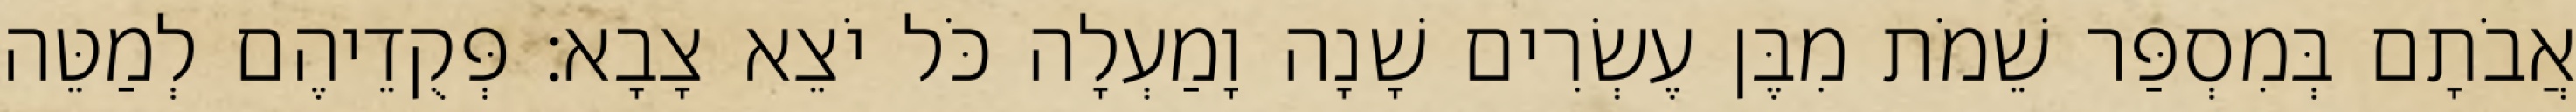
אֲבֹתָם בְּמִסְפַּר שֵׁמֹת מִבֶּן עֶשְׂרִים שָׁנָה וָמַעְלָה כֹּל יֹצֵא צָבָא׃ פְּקֻדֵיהֶם לְמַטֵּה